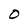
Character: O